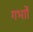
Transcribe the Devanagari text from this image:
गर्भाों